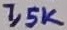
Text: 1,5K